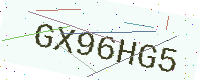
Text: GX96HG5